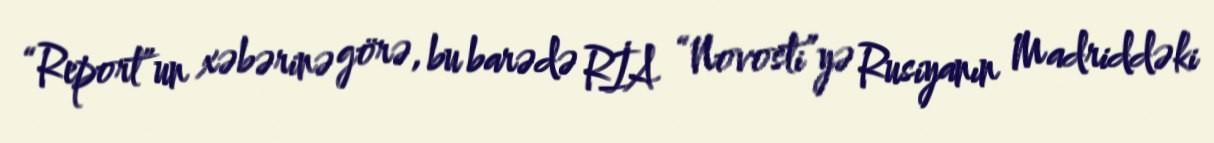
“Report”un xəbərinə görə, bu barədə RİA “Novosti”yə Rusiyanın Madriddəki